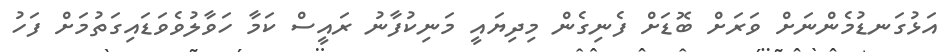
އަޅުގަނޑުމެންނަށް ވަރަށް ބޮޑަށް ފެނިގެން މިދިޔައީ މަނިކުފާނު ރައީސް ކަމާ ހަވާލުވެވަޑައިގަތުމަށް ފަހު